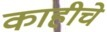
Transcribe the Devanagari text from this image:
काहीचे